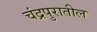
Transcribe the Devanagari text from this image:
चंद्रपुरातील